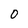
Character: O